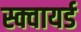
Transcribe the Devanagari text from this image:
स्क्वायर्ड